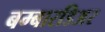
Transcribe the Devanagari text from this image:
बम्बारडिअर